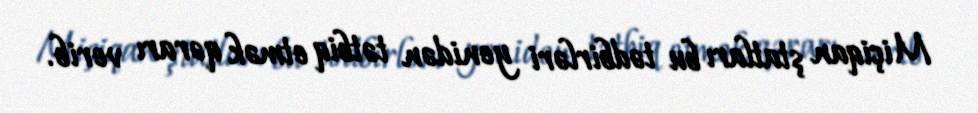
Miçiqan ştatları bu tədbirləri yenidən tətbiq etmək qərarı verib.